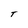
Character: T